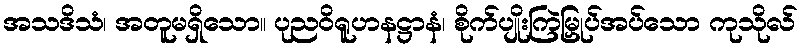
အသဒိသံ၊ အတူမရှိသော။ ပုညဝိရူဟနဋ္ဌာနံ၊ စိုက်ပျိုးကြဲမြှုပ်အပ်သော ကုသိုလ်